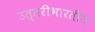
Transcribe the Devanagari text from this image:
उत्तरीभारतीय